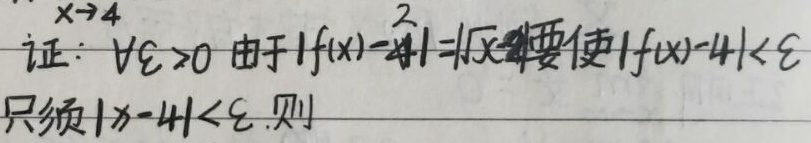
证：\(\forall \varepsilon >0\)，由于\(\vert f(x)-4\vert=\vert\sqrt{x}- 2\vert\)，要使\(\vert f(x)-4\vert<\varepsilon\)，只须\(\vert x - 4\vert<\varepsilon\)。则  \(x\to 4\)